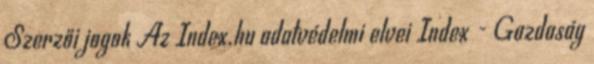
Szerzői jogok Az Index.hu adatvédelmi elvei Index - Gazdaság